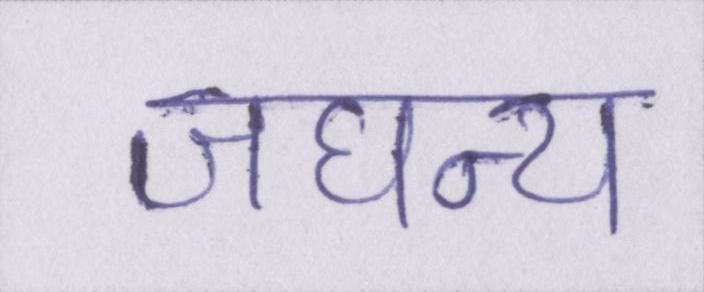
जघन्य